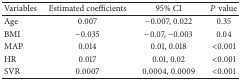
| Variables | Estimated coefficients | 95% CI | P value |
 | --- | --- | --- | --- |
 | Age | 0.007 | −0.007, 0.022 | 0.35 |
 | BMI | −0.035 | −0.07, −0.003 | 0.04 |
 | MAP | 0.014 | 0.01, 0.018 | <0.001 |
 | HR | 0.017 | 0.01, 0.02 | <0.001 |
 | SVR | 0.0007 | 0.0004, 0.0009 | <0.001 |